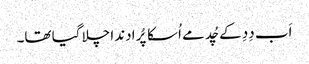
اَب دِدِ کے چُد مے اُسکا پُرا دندا چلا گیا تھا۔